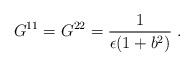
LaTeX: \begin{align*}G^{11}=G^{22}=\frac{1}{\epsilon(1+b^{2})}~.\end{align*}